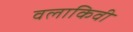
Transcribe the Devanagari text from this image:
वलाकिवी